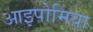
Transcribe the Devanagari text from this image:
आइपोमिया